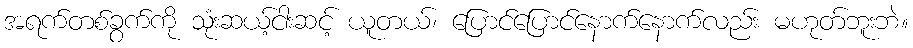
အရက်တစ်ခွက်ကို သုံးဆယ့်ငါးဆင့် ယူတယ်၊ ပြောင်ပြောင်နောက်နောက်လည်း မဟုတ်ဘူးဘဲ။